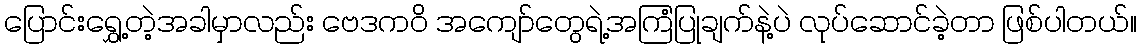
ပြောင်းရွှေ့တဲ့အခါမှာလည်း ဗေဒကဝိ အကျော်တွေရဲ့အကြံပြုချက်နဲ့ပဲ လုပ်ဆောင်ခဲ့တာ ဖြစ်ပါတယ်။